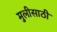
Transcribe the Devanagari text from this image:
मुलीसाठी